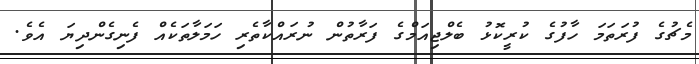
މެޗުގެ ފުރަތަމަ ހާފުގެ ކުރީކޮޅު ބެލްޖިއަމްގެ ފަރާތުން ނުރައްކާތެރި ހަމަލާތަކެއް ފެނިގެންދިޔަ އެވެ.